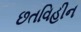
છતવિહીન